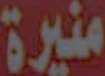
منيرة